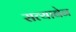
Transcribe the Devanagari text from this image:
सत्याबेन